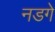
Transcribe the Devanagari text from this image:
नडगे